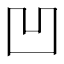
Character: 凹